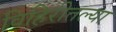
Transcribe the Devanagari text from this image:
विहिरीतल्या